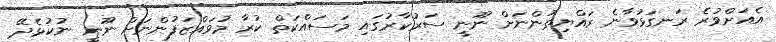
އެއަށްވުރެ ރަނގަޅުވާނެ ރައްޔިތުންނަށް ނޫނީ ސަރުކާރުގައި މަސައްކަތް ކުރާ މުވައްޒަފުންނަށް ނޫނީ ނުކުޅެދޭ